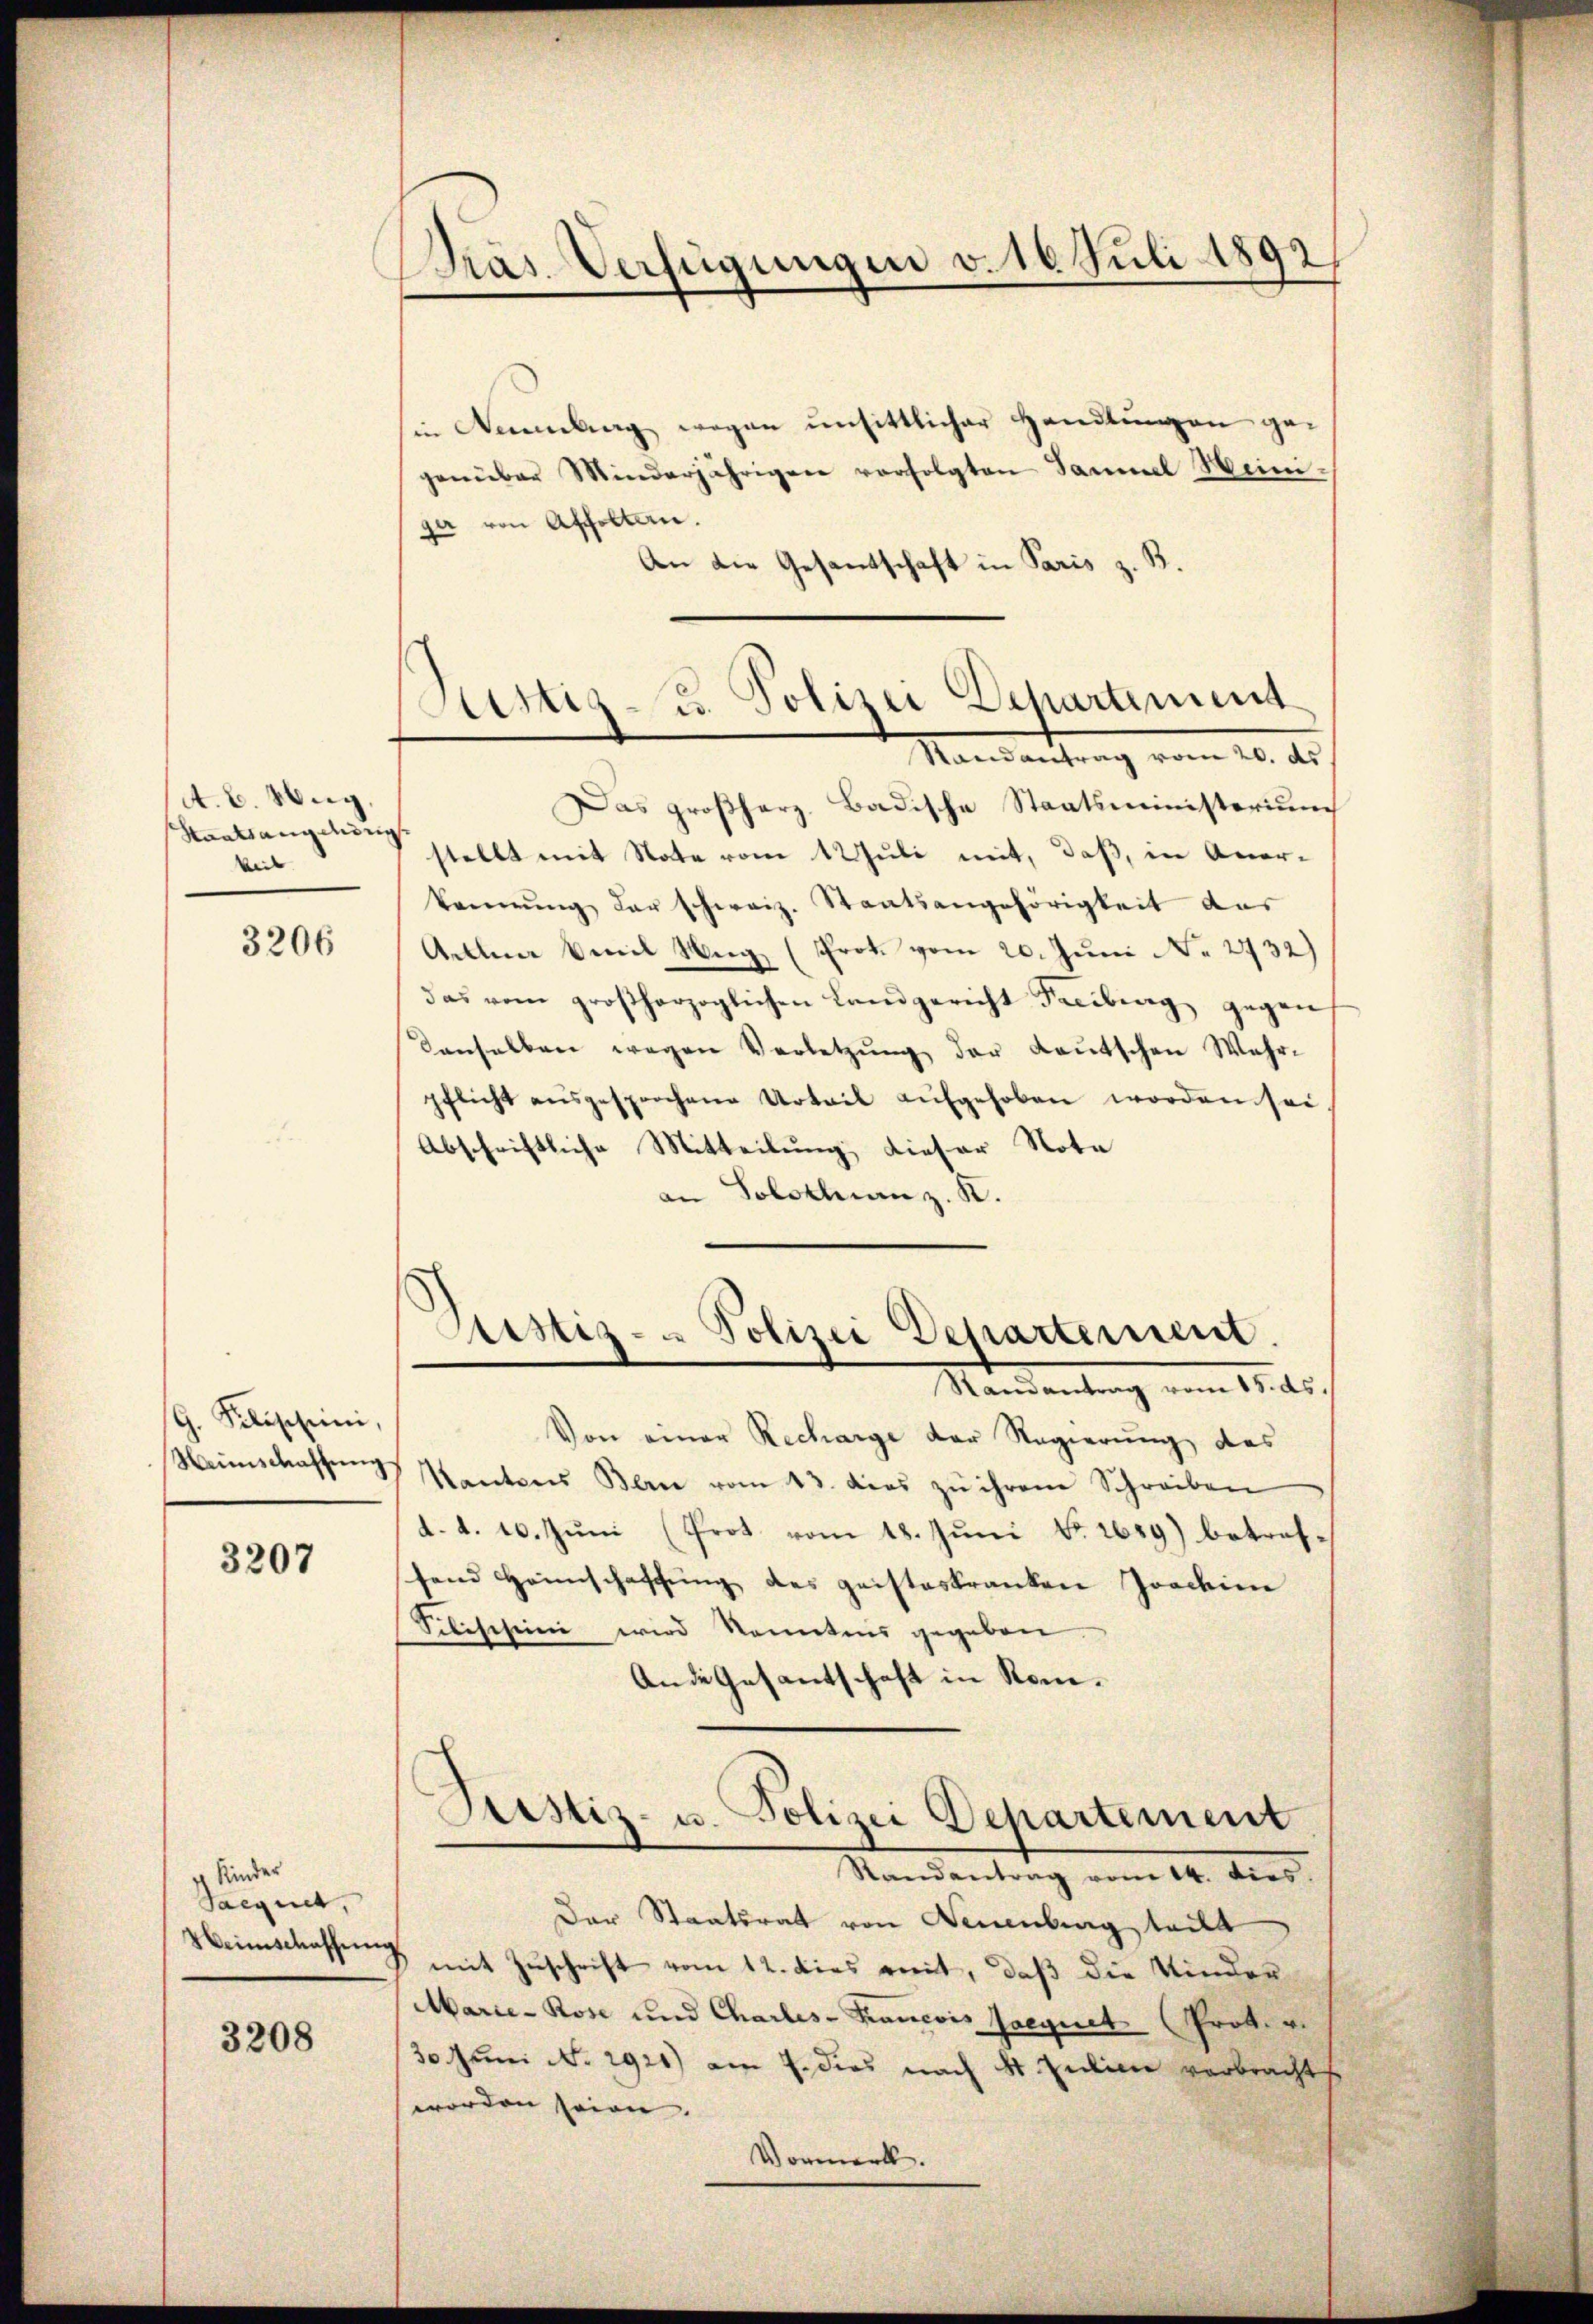
A. B. Hug
Staatsangehung.
keit

3206

G. Filischeini,
Neinschaffung

3207

er Kinder
Saegnet,
Weinschaffung

3208

Präs. Verfügungen v. 16. Juli 1892

sin Memling wegen unsittlicher Handlŭngen ge-
genüber Minderjährigen verfolgten Samuel Weinigar von Ascholten.
An die Gesandtschaft in Paris z. B.

Das großherz, Badische Staatsministerium
stellt mit Note vom 12 Juli mit, daß, in Aner-
kennung der schweiz. Staatsangehörigkeit aus
Gellen Emil Weg (Prot. vom 20. Juni Nr. 2732)
das vom großherzoglichen Landgericht Freiburg gegen
Kanselben wegen Verletzŭng der Leŭtschen Wahr-
pflicht aŭsgesprochene Urteil aŭfgehoben worden sei
Abschriftliche Mitteilung, dieser Nota
an Solothurn z. K.

Gürtig - u. Polizei Departement
Randantrag vom 20. ds.

Von einer Recharge der Regierung des
Kantons Bern vom 13. dies zŭ ihrem Schreiben
d. d. 10. Juni (Prot vom 18. Juni No 2659) betreffand Heimschaffung des geisteskranken Joachin
Silischein wird konntens gegeben
Ande Gesantschaft in Rom.
¬
Justiz- u. Polizei Departement

Astiz- & Polizei Departement
Mandantung vom 11. ds.

Der Staatsrat von Neuenburg teilt
mit Zuschrift vom 12. dies reit, daß die Kinder
Marie-Rose und Charles-Francois seegnet (Prok. v.
30 Juni No 2921) am 7. dies nach St. Julier verbracht
worden seien.
Vormerk.

Randantrag vom 14. dies